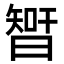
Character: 𣉻